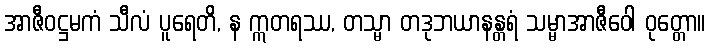
အာဇီဝဋ္ဌမကံ သီလံ ပူရေတိ, န ဣတရဿ, တသ္မာ တဒုဘယာနန္တရံ သမ္မာအာဇီဝေါ ဝုတ္တော။